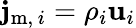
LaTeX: \mathbf{j}_{\mathrm{{m}},\, i}=\rho_{i}\mathbf{u}_{i}